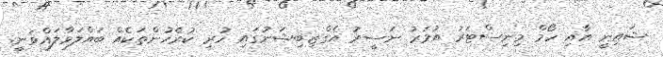
ޝައިނީ އާއި ހޯމް މިނިސްޓަރު އުމަރު ނަސީރު އެގްޒިބިޝަނުގައި ހުރި ކުރެހުންތަކެއް ބައްލަވާލައްވަނީ.